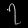
Digit: ၇